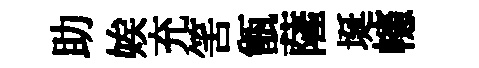
助娭充筈甑薩埏幰